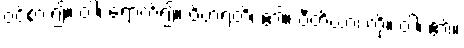
ဝင်စား၍။ ဝါ၊ ရောက်၍။ ဝိဟရတိ၊ ၏။ ပီတိယာ၊ ကို။ ဝါ၊ ၏။